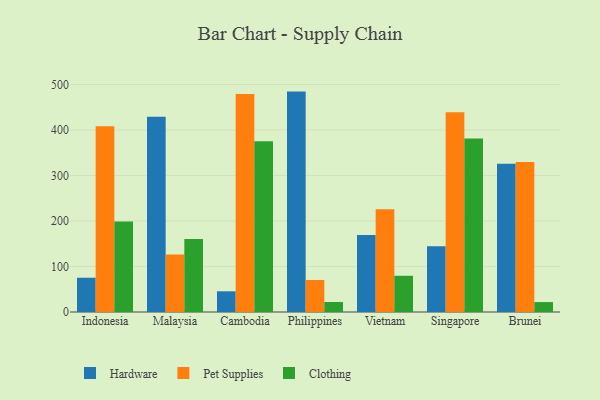
{"axis": {"x": "Country", "y": "Active Users"}, "legend": ["Clothing", "Hardware", "Pet Supplies"], "data": [{"x": "Indonesia", "y": 75.3, "type": "Hardware"}, {"x": "Indonesia", "y": 408.1, "type": "Pet Supplies"}, {"x": "Indonesia", "y": 199.1, "type": "Clothing"}, {"x": "Malaysia", "y": 429.0, "type": "Hardware"}, {"x": "Malaysia", "y": 126.4, "type": "Pet Supplies"}, {"x": "Malaysia", "y": 160.6, "type": "Clothing"}, {"x": "Cambodia", "y": 45.5, "type": "Hardware"}, {"x": "Cambodia", "y": 479.2, "type": "Pet Supplies"}, {"x": "Cambodia", "y": 375.3, "type": "Clothing"}, {"x": "Philippines", "y": 484.4, "type": "Hardware"}, {"x": "Philippines", "y": 70.3, "type": "Pet Supplies"}, {"x": "Philippines", "y": 22.0, "type": "Clothing"}, {"x": "Vietnam", "y": 169.5, "type": "Hardware"}, {"x": "Vietnam", "y": 225.9, "type": "Pet Supplies"}, {"x": "Vietnam", "y": 79.6, "type": "Clothing"}, {"x": "Singapore", "y": 144.6, "type": "Hardware"}, {"x": "Singapore", "y": 439.1, "type": "Pet Supplies"}, {"x": "Singapore", "y": 381.2, "type": "Clothing"}, {"x": "Brunei", "y": 325.9, "type": "Hardware"}, {"x": "Brunei", "y": 329.6, "type": "Pet Supplies"}, {"x": "Brunei", "y": 21.8, "type": "Clothing"}]}